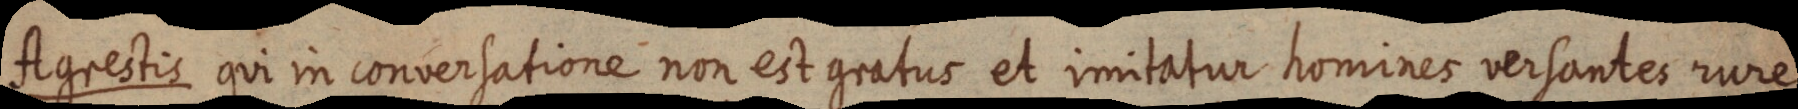
Agrestis qui in conversatione non est gratus et imitatur homines versantes rure